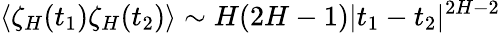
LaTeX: \langle\zeta_{H}(t_{1})\zeta_{H}(t_{2})\rangle\sim H(2H-1)|t_{1}-t_{2}|^{2H-2}